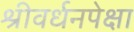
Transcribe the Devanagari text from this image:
श्रीवर्धनपेक्षा